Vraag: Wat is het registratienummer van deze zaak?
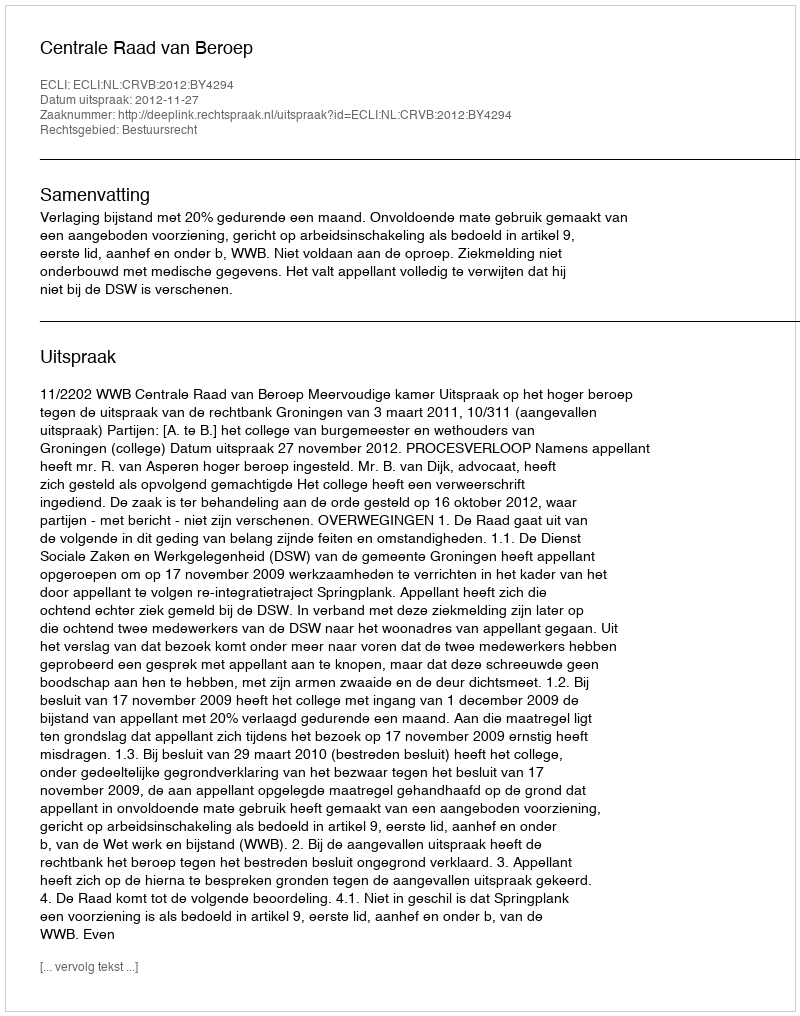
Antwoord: http://deeplink.rechtspraak.nl/uitspraak?id=ECLI:NL:CRVB:2012:BY4294